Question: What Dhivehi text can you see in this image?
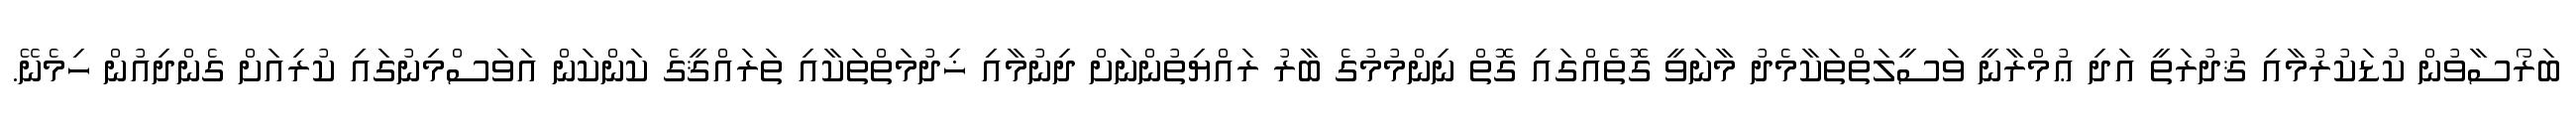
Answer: ބަރޯސާވުން ކުޑަކުރުމާއި ޤުދުރަތީ އަދި ޢުމްރާނީ ވަސީލަތްތަކާމެދު މާނަވީ ގޮތެއްގައި ގޮތް ނިންމުމުގެ ބާރު ރައްޔިތުންނަށް ދިނުމާއި ޚިދުމަތްތަކާއި ތަރައްޤީގެ ކަންކަން އަވަސްމިނުގައި ކުރިއަށް ގެންދިއުން ހިމެނޭ.